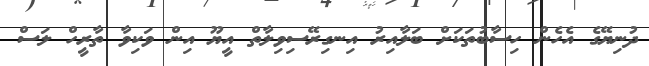
ދުނިޔޭގެ އެހެން ހިސާބުތަކަށް ބަލާއިރު އިނގިރޭސިވިލާތް އީޔޫ އިން ވަކިވާ ތާރީހް ލަސް